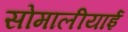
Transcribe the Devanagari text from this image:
सोमालीयाई